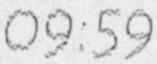
09:59